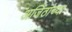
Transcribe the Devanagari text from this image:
अजिंठांच्या